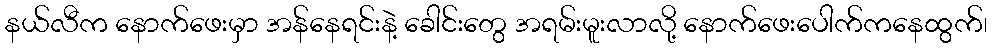
နယ်လီက နောက်ဖေးမှာ အန်နေရင်းနဲ့ ခေါင်းတွေ အရမ်းမူးလာလို့ နောက်ဖေးပေါက်ကနေထွက်၊